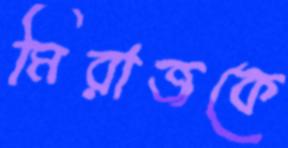
মিরাজকে